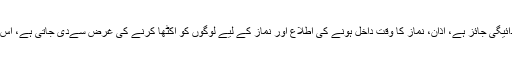
فرض نماز کا وقت کے داخل ہونے کے بعد اذا ن سے پہلے بھی نماز کی ادائیگی جائز ہے، اذان، نماز کا وقت داخل ہونے کی اطلاع اور نماز کے لیے لوگوں کو اکٹھا کرنے کی غرض سےدی جاتی ہے، اس لیےاذان دینا یا سننا سنت ہے، لیکن اذان سے پہلے بھی نماز ادا ہوجاتی ہے۔